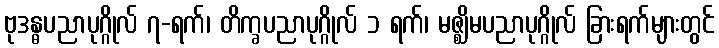
ဗုဒန္ဓပညာပုဂ္ဂိုလ် ၇-ရက်၊ တိက္ခပညာပုဂ္ဂိုလ် ၁ ရက်၊ မဇ္ဈိမပညာပုဂ္ဂိုလ် ခြားရက်များတွင်